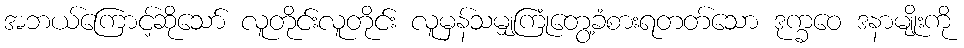
အဘယ်ကြောင့်ဆိုသော် လူတိုင်းလူတိုင်း လူမှန်သမျှကြုံတွေ့ခံစားရတတ်သော ဒုက္ခဝေ ဒနာမျိုးကို